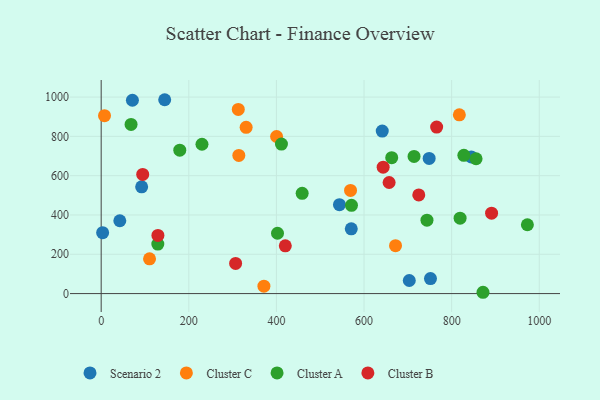
{"axis": {"x": "Investment", "y": "Profit"}, "legend": ["Cluster A", "Cluster B", "Cluster C", "Scenario 2"], "data": [{"x": "703.3", "y": 66.6, "type": "Scenario 2"}, {"x": "71.3", "y": 983.8, "type": "Scenario 2"}, {"x": "543.9", "y": 452.3, "type": "Scenario 2"}, {"x": "641.6", "y": 826.7, "type": "Scenario 2"}, {"x": "145.0", "y": 986.4, "type": "Scenario 2"}, {"x": "42.5", "y": 370.6, "type": "Scenario 2"}, {"x": "570.9", "y": 329.5, "type": "Scenario 2"}, {"x": "3.3", "y": 310.2, "type": "Scenario 2"}, {"x": "751.7", "y": 76.5, "type": "Scenario 2"}, {"x": "844.9", "y": 695.3, "type": "Scenario 2"}, {"x": "748.7", "y": 687.8, "type": "Scenario 2"}, {"x": "92.4", "y": 543.4, "type": "Scenario 2"}, {"x": "371.5", "y": 37.6, "type": "Cluster C"}, {"x": "671.9", "y": 243.7, "type": "Cluster C"}, {"x": "569.2", "y": 524.9, "type": "Cluster C"}, {"x": "313.0", "y": 937.0, "type": "Cluster C"}, {"x": "110.4", "y": 176.7, "type": "Cluster C"}, {"x": "314.2", "y": 703.0, "type": "Cluster C"}, {"x": "400.4", "y": 799.2, "type": "Cluster C"}, {"x": "817.6", "y": 909.4, "type": "Cluster C"}, {"x": "7.6", "y": 905.4, "type": "Cluster C"}, {"x": "330.9", "y": 845.9, "type": "Cluster C"}, {"x": "402.5", "y": 307.1, "type": "Cluster A"}, {"x": "179.4", "y": 729.9, "type": "Cluster A"}, {"x": "411.5", "y": 760.8, "type": "Cluster A"}, {"x": "714.2", "y": 698.1, "type": "Cluster A"}, {"x": "827.9", "y": 703.3, "type": "Cluster A"}, {"x": "819.3", "y": 383.8, "type": "Cluster A"}, {"x": "972.9", "y": 350.2, "type": "Cluster A"}, {"x": "743.7", "y": 373.5, "type": "Cluster A"}, {"x": "855.8", "y": 686.2, "type": "Cluster A"}, {"x": "129.3", "y": 251.9, "type": "Cluster A"}, {"x": "230.1", "y": 759.8, "type": "Cluster A"}, {"x": "68.2", "y": 860.6, "type": "Cluster A"}, {"x": "571.4", "y": 449.2, "type": "Cluster A"}, {"x": "458.8", "y": 510.0, "type": "Cluster A"}, {"x": "663.2", "y": 691.3, "type": "Cluster A"}, {"x": "871.6", "y": 6.7, "type": "Cluster A"}, {"x": "94.8", "y": 606.2, "type": "Cluster B"}, {"x": "643.7", "y": 643.1, "type": "Cluster B"}, {"x": "420.3", "y": 242.8, "type": "Cluster B"}, {"x": "657.3", "y": 565.2, "type": "Cluster B"}, {"x": "725.0", "y": 501.8, "type": "Cluster B"}, {"x": "765.8", "y": 847.4, "type": "Cluster B"}, {"x": "891.2", "y": 409.4, "type": "Cluster B"}, {"x": "306.9", "y": 153.3, "type": "Cluster B"}, {"x": "129.5", "y": 296.1, "type": "Cluster B"}]}